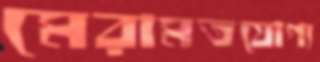
মেরামতযোগ্য